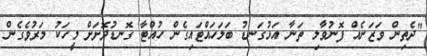
"ދެތިން ވަޒަނެއް ފޮނުވާލި ތަނާ އަޅުގަނޑު ބަލަހައްޓައިގެން ހުއްޓާ ގޮނޑުދޮށަށް މީހަކު މަރުވެގެން